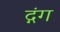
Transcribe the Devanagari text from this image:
द्गंग